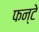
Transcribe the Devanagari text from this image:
फन्टे